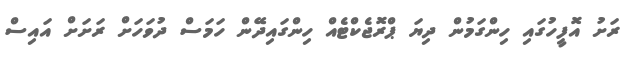
ރަށު އޮފީހުގައި ހިންގަމުން ދިޔަ ޕްރޮޖެކްޓެއް ހިންގައިދޭން ހަމަސް ދުވަހަށް ރަށަށް އައިސް